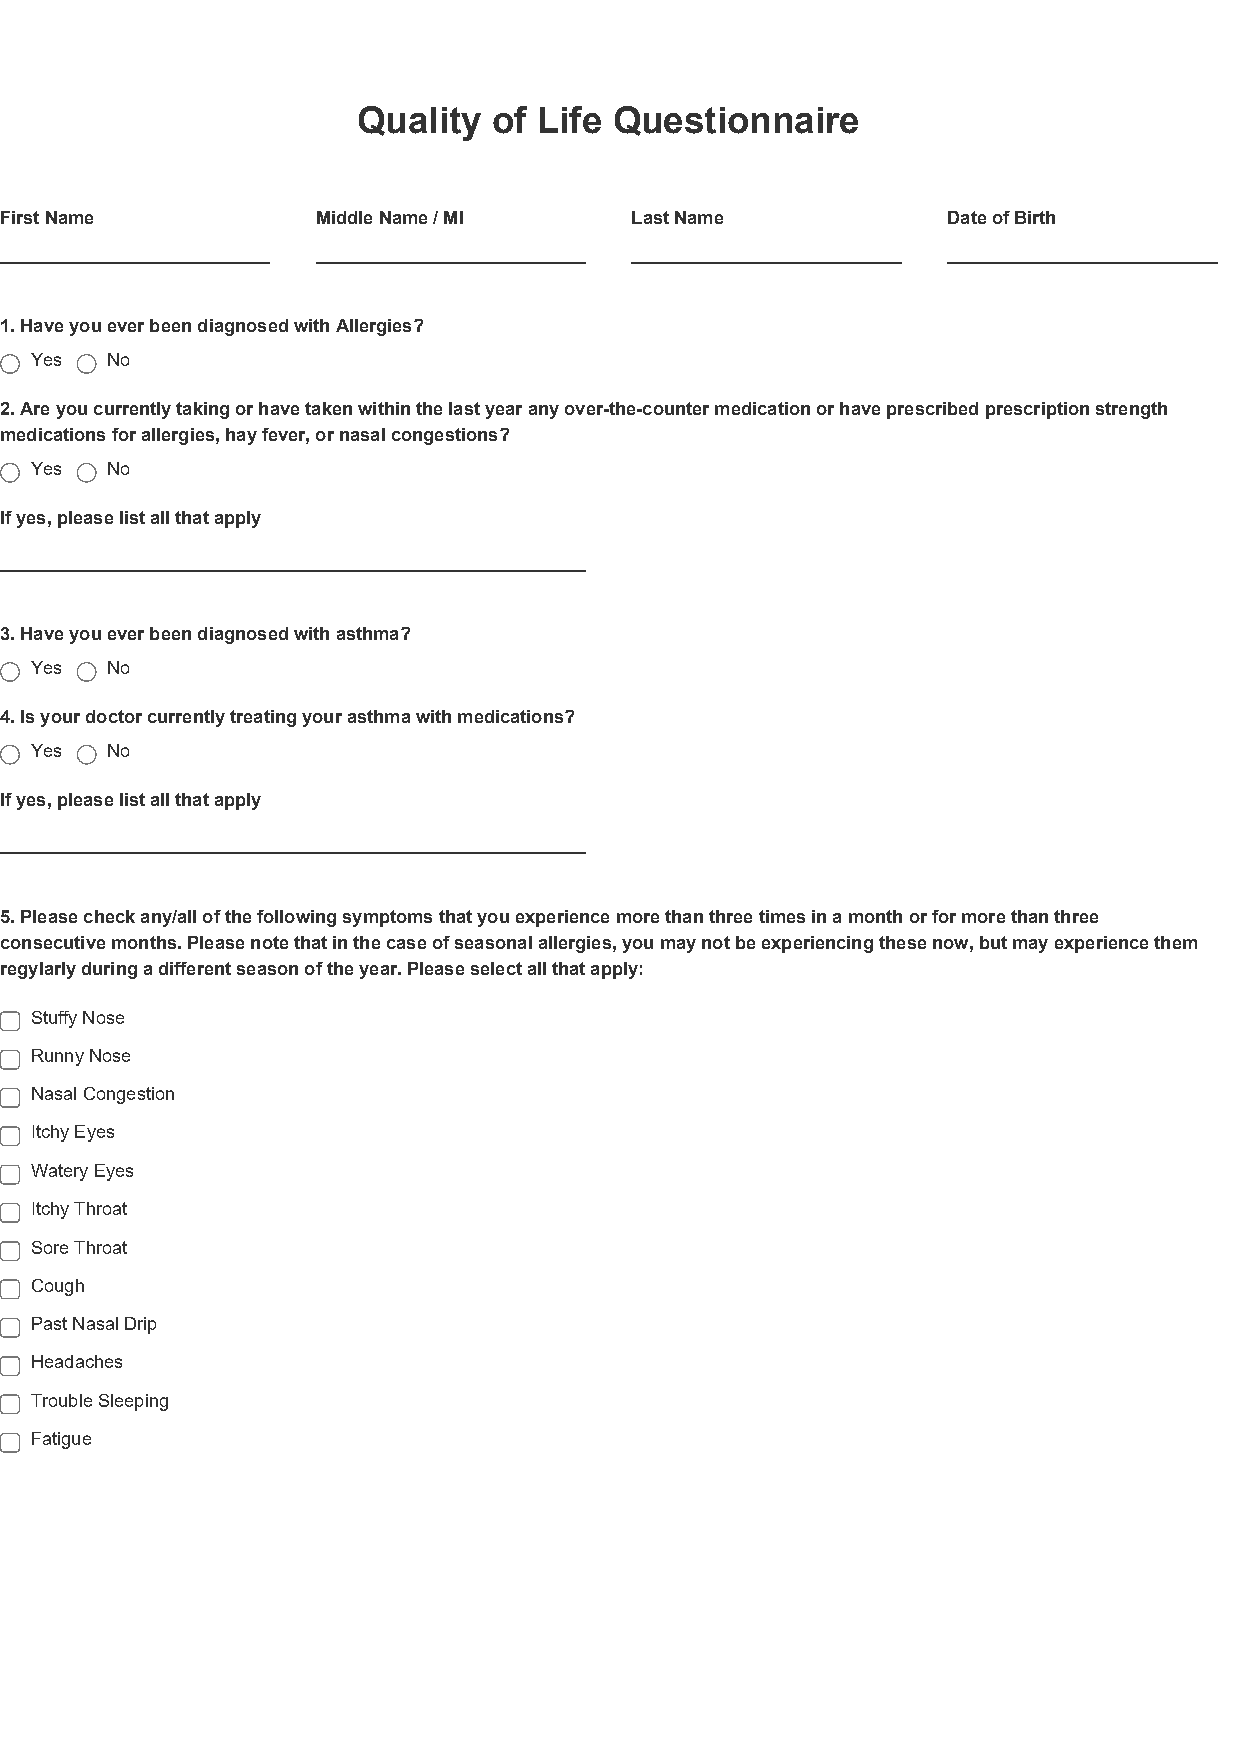
Quality  of Life Questionnaire
 First Name           Middle Name / MI     Last Name            Date of Birth
 1. Have you ever been diagnosed with Allergies?
 Yes  No
 2. Are you currently taking or have taken within the last year any over-the-counter medication or have prescribed prescription strength
 medications for allergies, hay fever, or nasal congestions?
 Yes  No
 If yes, please list all that apply
 3. Have you ever been diagnosed with asthma?
 Yes  No
 4. Is your doctor currently treating your asthma with medications?
 Yes  No
 If yes, please list all that apply
 5. Please check any/all of the following symptoms that you experience more than three times in a month or for more than three
 consecutive months. Please note that in the case of seasonal allergies, you may not be experiencing these now, but may experience them
 regylarly during a different season of the year. Please select all that apply:
 Stuffy Nose
 Runny Nose
 Nasal Congestion
 Itchy Eyes
 Watery Eyes
 Itchy Throat
 Sore Throat
 Cough
 Past Nasal Drip
 Headaches
 Trouble Sleeping
 Fatigue